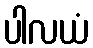
ပါလယံ